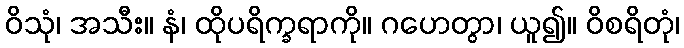
ဝိသုံ၊ အသီး။ နံ၊ ထိုပရိက္ခရာကို။ ဂဟေတွာ၊ ယူ၍။ ဝိစရိတုံ၊